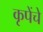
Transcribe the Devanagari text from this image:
कृपेंचे